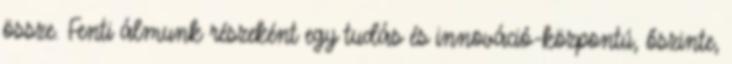
össze. Fenti álmunk részeként egy tudás és innováció-központú, őszinte,